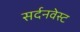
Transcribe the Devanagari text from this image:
सर्दनवेस्ट